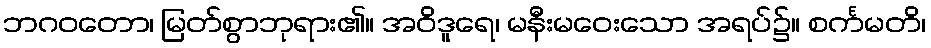
ဘဂဝတော၊ မြတ်စွာဘုရား၏။ အဝိဒူရေ၊ မနီးမဝေးသော အရပ်၌။ စင်္ကမတိ၊